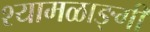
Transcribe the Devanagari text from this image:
श्यामळाङ्गी